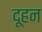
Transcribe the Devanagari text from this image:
दूहन